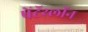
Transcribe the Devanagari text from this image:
पेंटॅथ्लॉन